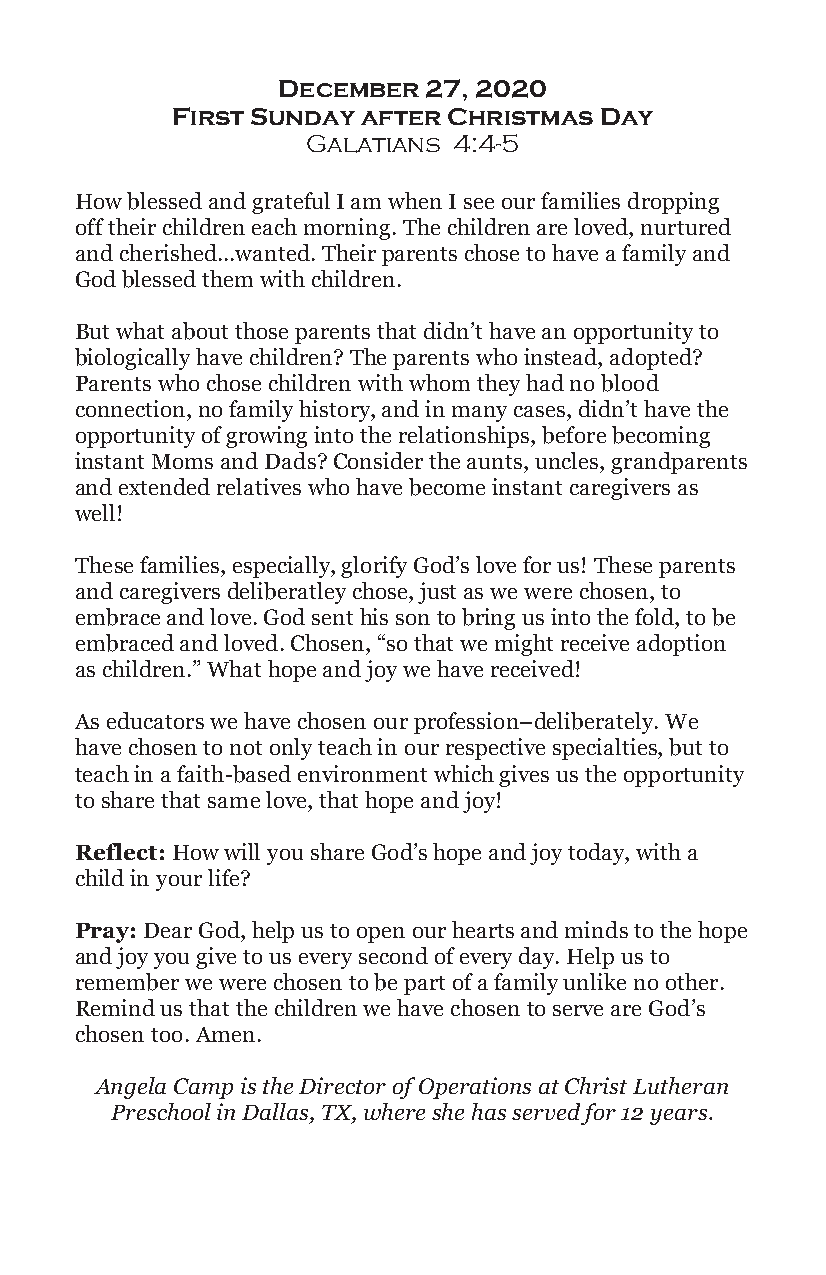
December  27, 2020
 First Sunday after Christmas Day
 Galatians 4:4-5
 How blessed and grateful I am when I see our families dropping
 off their children each morning. The children are loved, nurtured
 and cherished...wanted. Their parents chose to have a family and
 God blessed them with children.
 But what about those parents that didn’t have an opportunity to
 biologically have children? The parents who instead, adopted?
 Parents who chose children with whom they had no blood
 connection, no family history, and in many cases, didn’t have the
 opportunity of growing into the relationships, before becoming
 instant Moms and Dads? Consider the aunts, uncles, grandparents
 and extended relatives who have become instant caregivers as
 well!
 These families, especially, glorify God’s love for us! These parents
 and caregivers deliberatley chose, just as we were chosen, to
 embrace and love. God sent his son to bring us into the fold, to be
 embraced and loved. Chosen, “so that we might receive adoption
 as children.” What hope and joy we have received!
 As educators we have chosen our profession–deliberately. We
 have chosen to not only teach in our respective specialties, but to
 teach in a faith-based environment which gives us the opportunity
 to share that same love, that hope and joy!
 Reflect: How will you share God’s hope and joy today, with a
 child in your life?
 Pray: Dear God, help us to open our hearts and minds to the hope
 and joy you give to us every second of every day. Help us to
 remember we were chosen to be part of a family unlike no other.
 Remind us that the children we have chosen to serve are God’s
 chosen too. Amen.
 Angela Camp is the Director of Operations at Christ Lutheran
 Preschool in Dallas, TX, where she has served for 12 years.